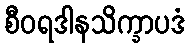
စီဝရဒါနသိက္ခာပဒံ